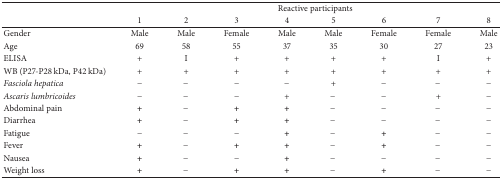
| <ROWSPAN=2>  | <COLSPAN=8> Reactive participants |
 | 1 | 2 | 3 | 4 | 5 | 6 | 7 | 8 |
 | --- | --- | --- | --- | --- | --- | --- | --- | --- |
 | Gender | Male | Male | Female | Male | Male | Female | Female | Male |
 | Age | 69 | 58 | 55 | 37 | 35 | 30 | 27 | 23 |
 | ELISA | + | I | + | + | + | + | I | + |
 | WB (P27-P28 kDa, P42 kDa) | + | + | + | + | + | + | + | + |
 | Fasciola hepatica | − | − | − | − | + | − | − | − |
 | Ascaris lumbricoides | − | − | − | + | − | − | + | − |
 | Abdominal pain | + | − | + | + | − | − | − | − |
 | Diarrhea | + | − | + | + | − | − | − | − |
 | Fatigue | − | − | − | + | − | + | − | − |
 | Fever | + | − | + | + | − | + | − | − |
 | Nausea | + | − | − | + | − | − | − | − |
 | Weight loss | + | − | + | + | − | + | − | − |